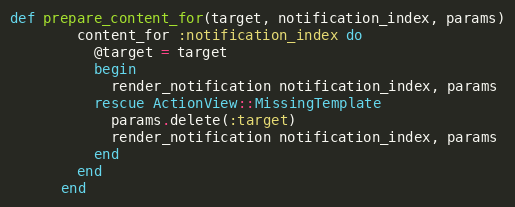
Language: Ruby
def prepare_content_for(target, notification_index, params)
        content_for :notification_index do
          @target = target
          begin
            render_notification notification_index, params
          rescue ActionView::MissingTemplate
            params.delete(:target)
            render_notification notification_index, params
          end
        end
      end